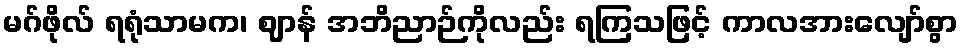
မဂ်ဖိုလ် ရရုံသာမက၊ ဈာန် အဘိညာဉ်ကိုလည်း ရကြသဖြင့် ကာလအားလျော်စွာ